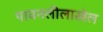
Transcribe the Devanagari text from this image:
पावनलीलाखेल